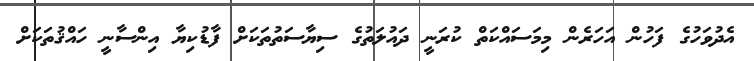
އެދުވަހުގެ ފަހުން އަހަރެން މިމަސައްކަތް ކުރަނީ ދައުލަތުގެ ސިޔާސަތުތަކަށް ފާޑުކިޔާ އިންސާނީ ހައްޤުތަކަށް